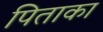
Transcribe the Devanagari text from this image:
पिताका